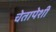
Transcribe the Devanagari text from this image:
चेतापेशीं